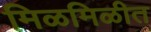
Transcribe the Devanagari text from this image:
मिळमिळीत